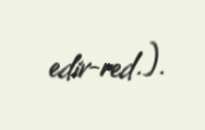
edir-red.).